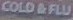
COLD&FLU